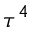
\tau ^ { 4 }